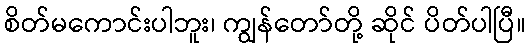
စိတ်မကောင်းပါဘူး၊ ကျွန်တော်တို့ ဆိုင် ပိတ်ပါပြီ။